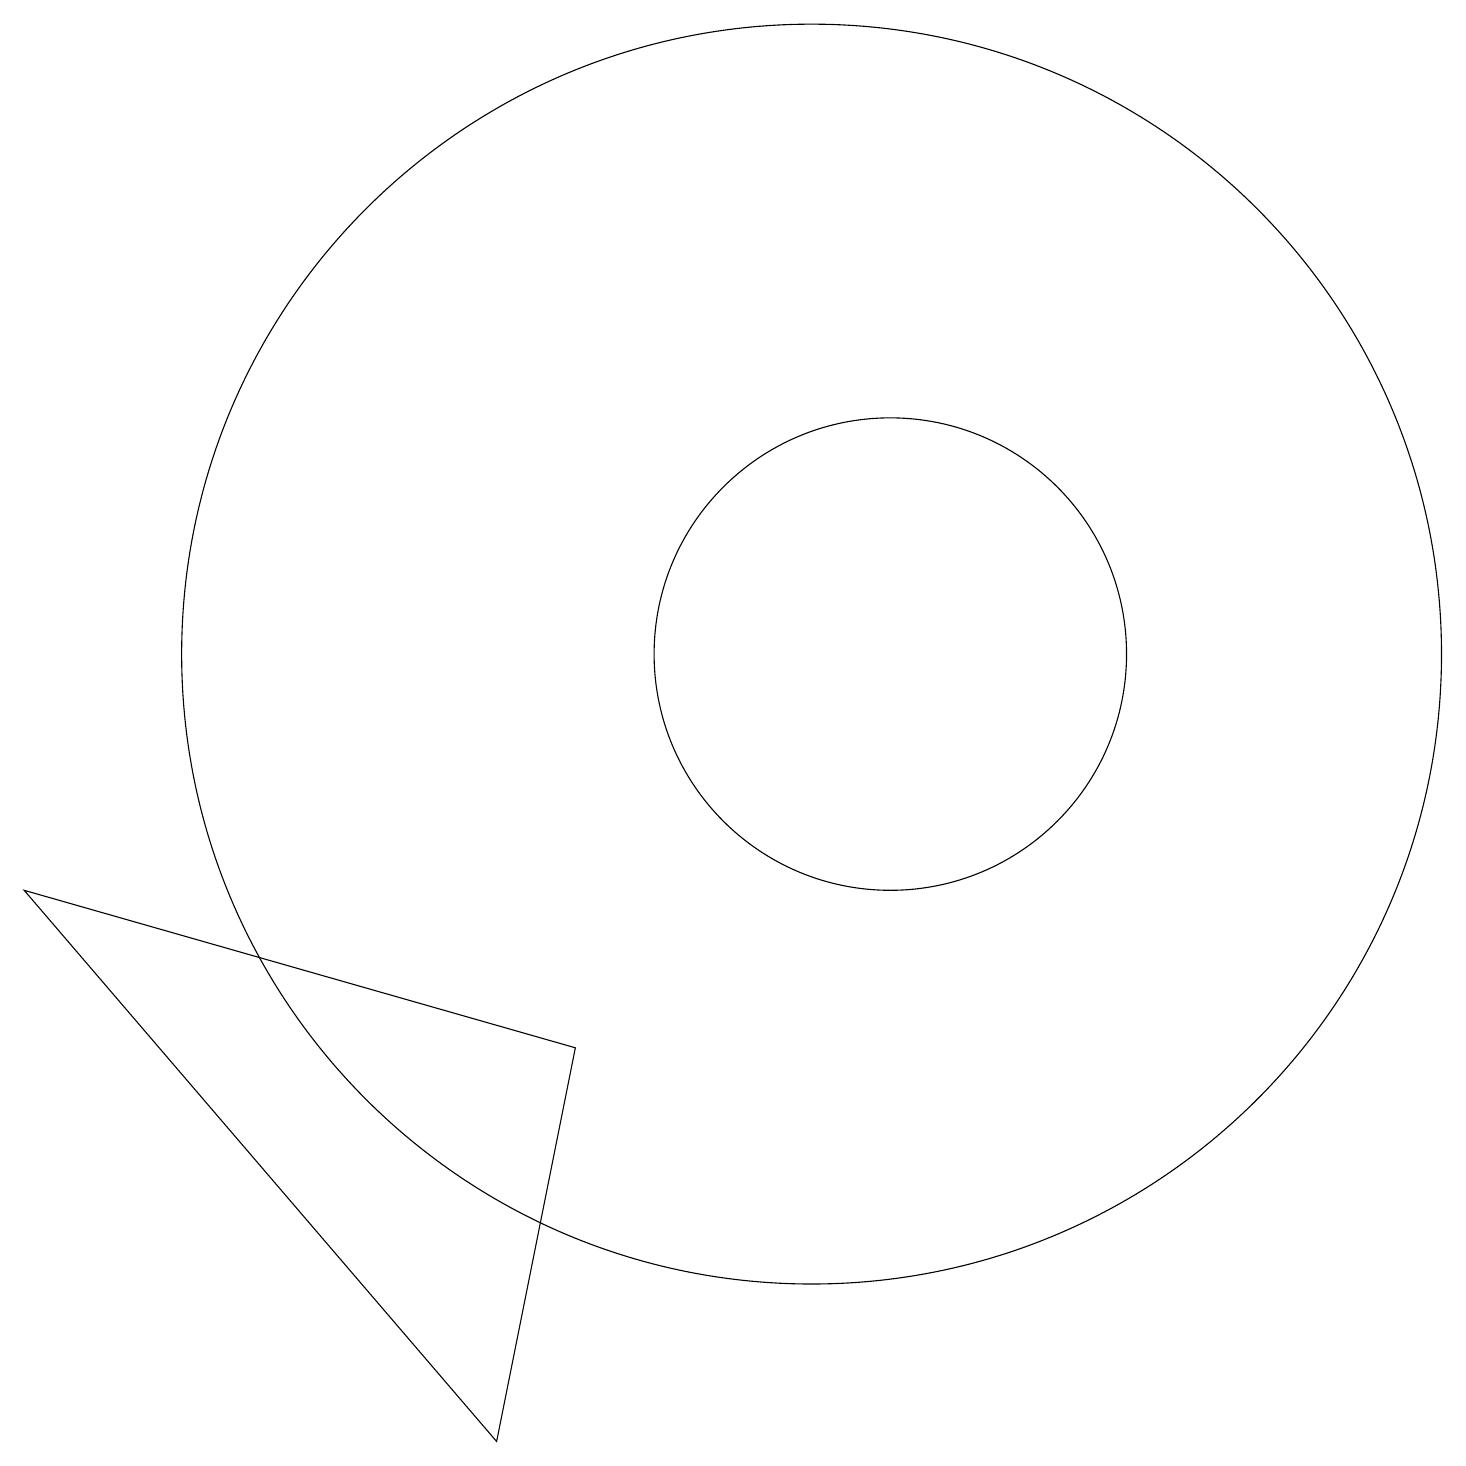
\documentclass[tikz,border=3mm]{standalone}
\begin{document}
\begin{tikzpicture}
\draw (11,11) circle (3);
\draw (10,11) circle (8);
\draw (0,8) -- (6,1) -- (7,6) -- cycle;
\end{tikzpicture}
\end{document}